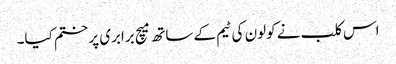
اس کلب نے کولون کی ٹیم کے ساتھ میچ برابری پر ختم کیا۔